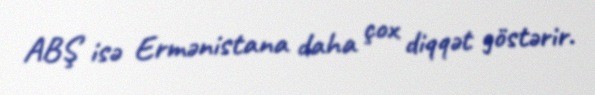
ABŞ isə Ermənistana daha çox diqqət göstərir.